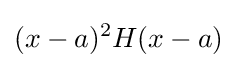
(x-a)^{2}H(x-a)